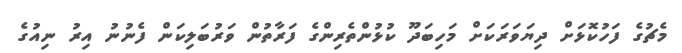
މެޗުގެ ފަހުކޮޅަށް ދިޔަވަރަކަށް މަހިބަދޫ ކުޅުންތެރިންގެ ފަރާތުން ވަރުބަލިކަން ފެނުނު އިރު ނިއުގެ